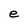
Character: e